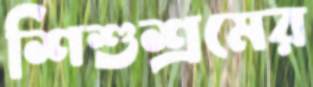
শিশুশ্রমের